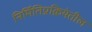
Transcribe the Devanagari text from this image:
निर्मितिप्रक्रियेतील